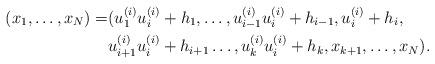
LaTeX: \begin{align*}(x_1,\dots,x_N)=&(u_1^{(i)}u_i^{(i)}+h_1, \dots, u_{i-1}^{(i)}u_i^{(i)}+h_{i-1},u_i^{(i)}+h_i, \\&u_{i+1}^{(i)}u_i^{(i)}+h_{i+1}\dots, u_k^{(i)}u_i^{(i)}+h_k,x_{k+1},\dots,x_N).\end{align*}